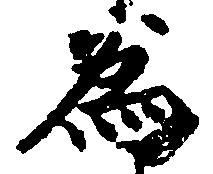
為